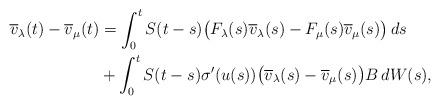
LaTeX: \begin{align*} \overline{v}_\lambda(t) - \overline{v}_\mu(t) &= \int_0^t S(t-s) \bigl( F_\lambda(s) \overline{v}_\lambda(s) - F_\mu(s) \overline{v}_\mu(s) \bigr)\,ds\\ &+ \int_0^t S(t-s) \sigma'(u(s)) \bigl( \overline{v}_\lambda(s) - \overline{v}_\mu(s) \bigr) B\,dW(s), \end{align*}